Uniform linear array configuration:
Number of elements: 4
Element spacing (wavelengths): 1
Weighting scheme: hann
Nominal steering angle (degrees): -30
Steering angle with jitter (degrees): -29.415
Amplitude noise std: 0.05
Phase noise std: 0.05

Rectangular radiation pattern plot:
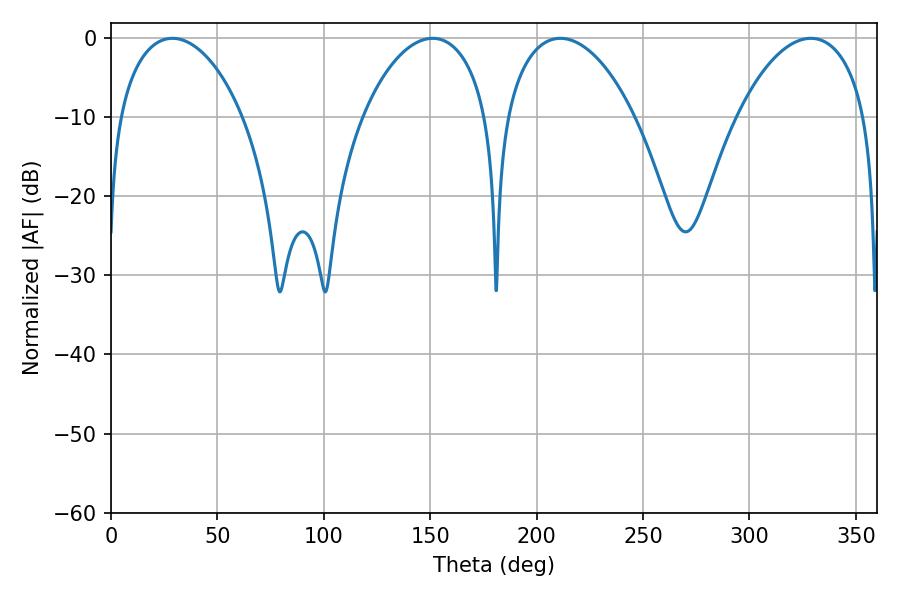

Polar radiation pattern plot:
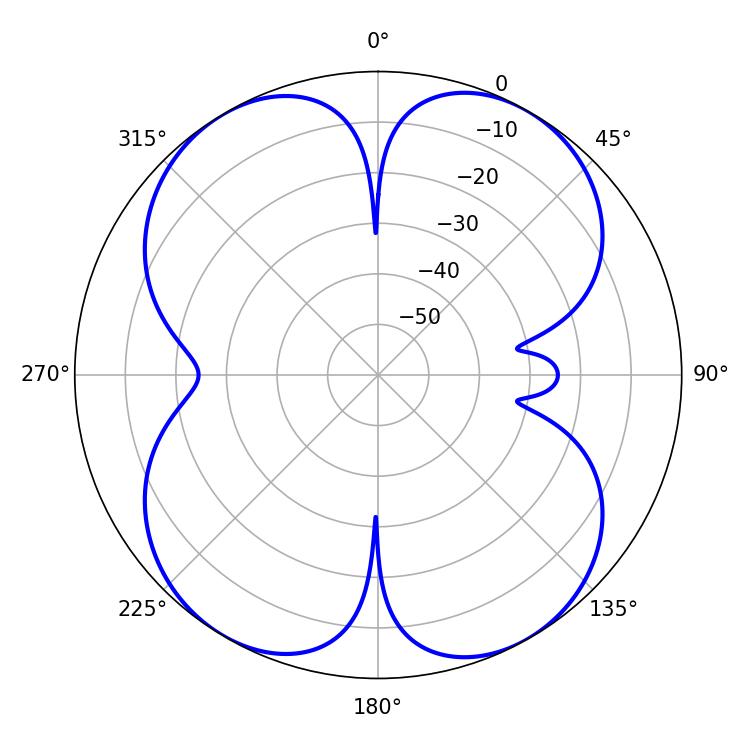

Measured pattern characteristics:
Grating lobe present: TRUE
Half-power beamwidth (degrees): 34.38
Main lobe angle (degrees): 211.14